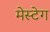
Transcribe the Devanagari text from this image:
मेस्टेग